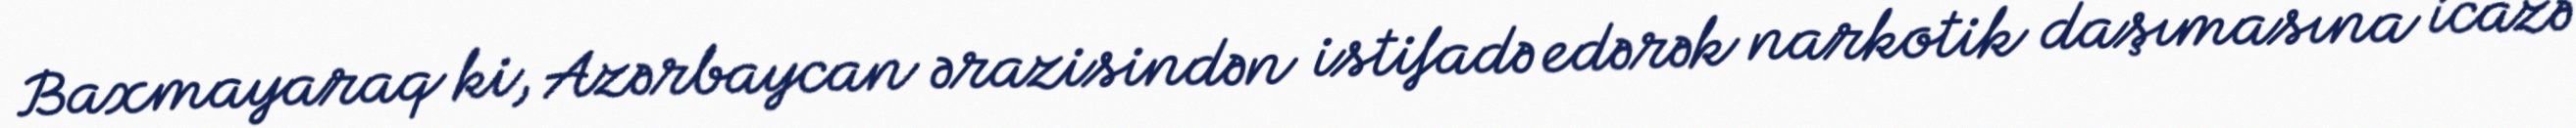
Baxmayaraq ki, Azərbaycan ərazisindən istifadə edərək narkotik daşımasına icazə